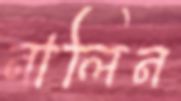
নালিন